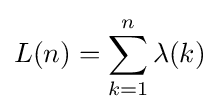
L(n)=\sum _{k=1}^{n}\lambda (k)